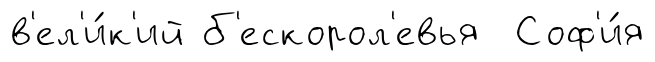
в'ел'и́к'ий б'ескорол'евья Соф'и́я